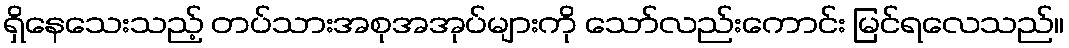
ရှိနေသေးသည့် တပ်သားအစုအအုပ်များကို သော်လည်းကောင်း မြင်ရလေသည်။